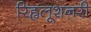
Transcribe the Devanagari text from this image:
रिह्वलूशनरी